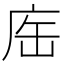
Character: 𢈊